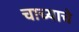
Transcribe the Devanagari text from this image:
चाच्याचे